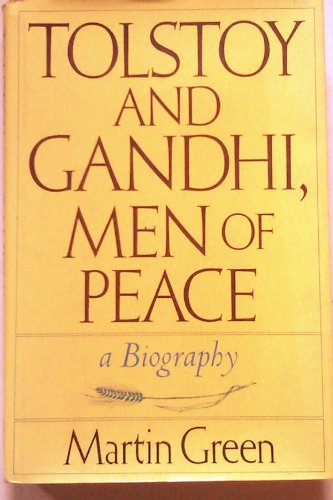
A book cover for Tolstoy and Gandhi, Men of Peace: A Biography; Martin Burgess Green; Religion & Spirituality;